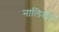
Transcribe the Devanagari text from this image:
नालियाों